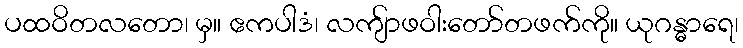
ပထဝိတလတော၊ မှ။ ဧကပါဒံ၊ လကျ်ာဖဝါးတော်တဖက်ကို။ ယုဂန္ဓာရေ၊